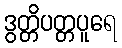
ဒွတ္တိပတ္တပူရေ